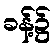
ခန့်၌